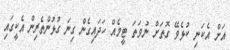
އަށް އެކަނި ކުޅެވޭ ގޮތަށް ނުވަތަ ޓީމެއް ހަދައިގެން ގިނަ ގުޅުންތެރިން އެކީގައި